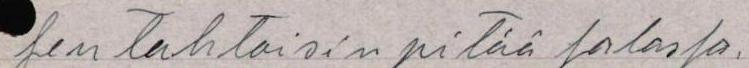
sen tahtoisin pitää salassa.